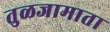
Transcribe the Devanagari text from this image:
तुळजामाता